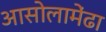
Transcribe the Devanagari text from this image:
आसोलामेंढा